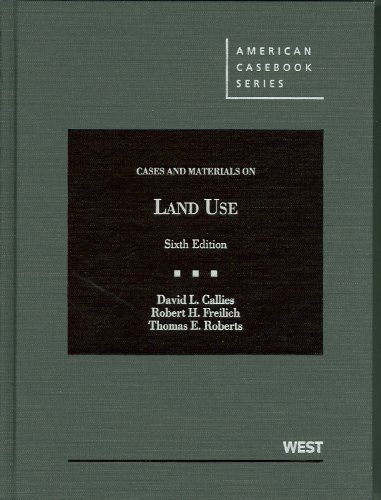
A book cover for Cases and Materials on Land Use (American Casebook Series); David Callies; Science & Math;